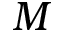
M